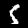
Digit: 5